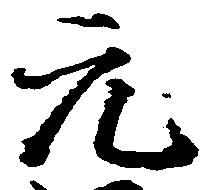
元